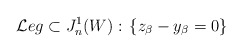
\begin{align*}\mathcal{L}eg\subset J^1_n(W):\, \{z_\beta-y_\beta=0\}\end{align*}